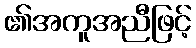
၏အကူအညီဖြင့်